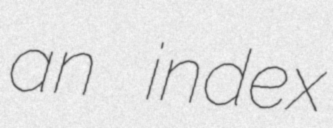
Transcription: an index